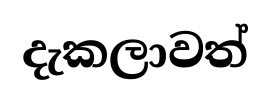
දැකලාවත්